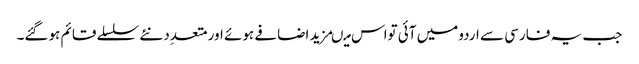
جب یہ فارسی سے اردومیں آئی تواس میںمزید اضافے ہوئے اورمتعدِد نئے سلسلے قائم ہوگئے۔